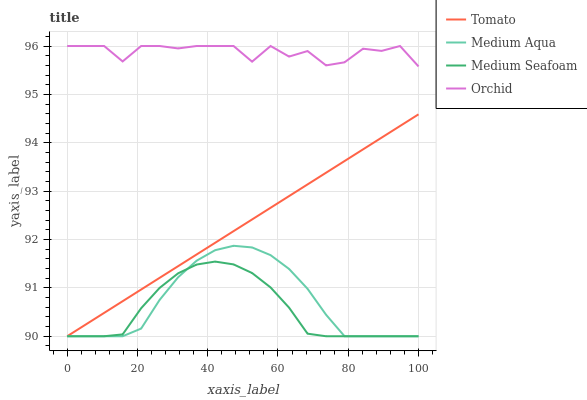
| xaxis_label | Tomato | Medium Aqua | Medium Seafoam | Orchid |
 | --- | --- | --- | --- | --- |
 | 0 | 90 | 90 | 90 | 96 |
 | 5.26 | 90.2 | 90 | 90 | 96 |
 | 10.5 | 90.5 | 90 | 90 | 96 |
 | 15.8 | 90.7 | 90 | 90 | 95.7 |
 | 21.1 | 91 | 90.2 | 90.6 | 96 |
 | 26.3 | 91.2 | 90.8 | 91 | 96 |
 | 31.6 | 91.4 | 91.2 | 91.3 | 95.9 |
 | 36.8 | 91.7 | 91.6 | 91.5 | 96 |
 | 42.1 | 91.9 | 91.8 | 91.5 | 96 |
 | 47.4 | 92.2 | 91.9 | 91.5 | 96 |
 | 52.6 | 92.4 | 91.8 | 91.3 | 95.7 |
 | 57.9 | 92.7 | 91.7 | 91 | 96 |
 | 63.2 | 92.9 | 91.4 | 90.6 | 95.8 |
 | 68.4 | 93.1 | 91 | 90.1 | 95.9 |
 | 73.7 | 93.4 | 90.4 | 90 | 95.6 |
 | 78.9 | 93.6 | 90 | 90 | 95.7 |
 | 84.2 | 93.9 | 90 | 90 | 95.9 |
 | 89.5 | 94.1 | 90 | 90 | 95.9 |
 | 94.7 | 94.3 | 90 | 90 | 96 |
 | 100 | 94.6 | 90 | 90 | 95.6 |